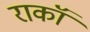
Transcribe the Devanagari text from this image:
राकॉ